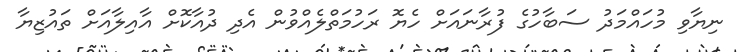
ނިޔާވި މުހައްމަދު ސަބާހުގެ ފުރާނައަށް ހެޔޮ ރަހުމަތްލެއްވުން އެދި ދުއާކޮށް އާއިލާއަށް ތައުޒިޔާ